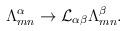
LaTeX: \begin{align*}{\Lambda}^{\alpha}_{mn} \rightarrow {\cal L}_{\alpha\beta}{\Lambda}^{\beta}_{mn}.\end{align*}